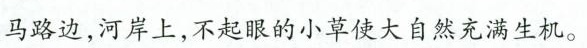
马路边，河岸上，不起眼的小草使大自然充满生机。